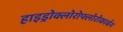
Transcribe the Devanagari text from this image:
हाइड्रोक्लोरोफ्लोरोकार्बन